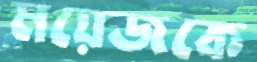
ময়েজকে